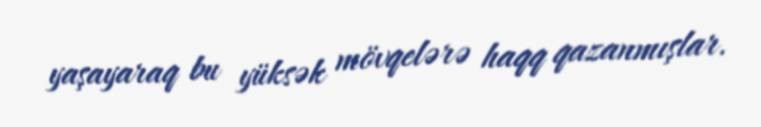
yaşayaraq bu yüksək mövqelərə haqq qazanmışlar.